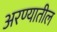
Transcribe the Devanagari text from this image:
अरण्यातील